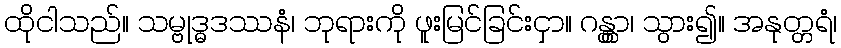
ထိုငါသည်။ သမ္ဗုဒ္ဓဒဿနံ၊ ဘုရားကို ဖူးမြင်ခြင်းငှာ။ ဂန္တွာ၊ သွား၍။ အနုတ္တရံ၊